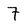
Character: 7